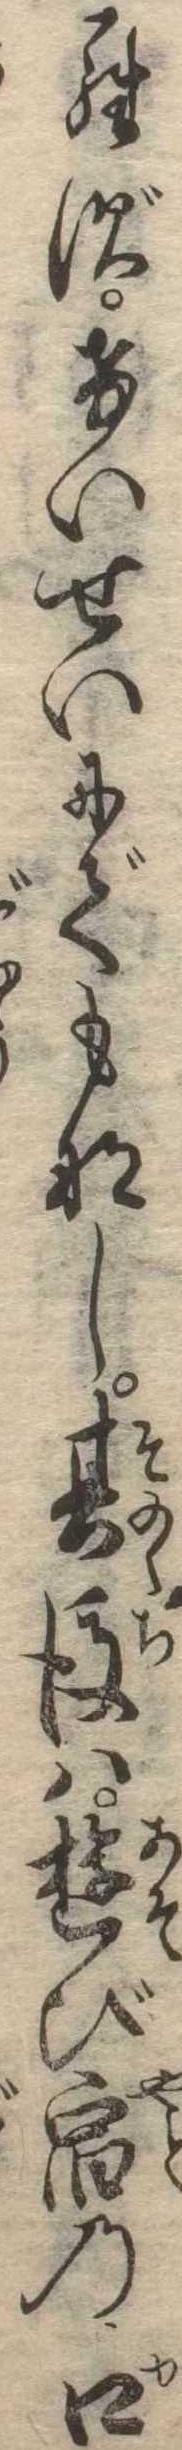
らずけいせいにでもなし其後は遊び宿の口